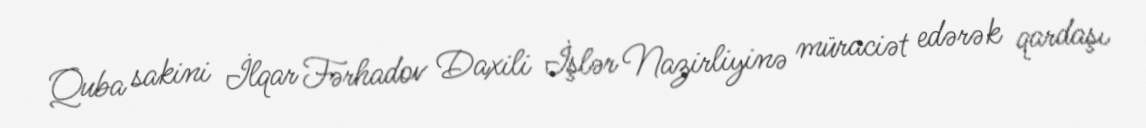
Quba sakini İlqar Fərhadov Daxili İşlər Nazirliyinə müraciət edərək qardaşı